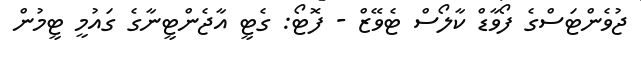
ޖުވެންޓަސްގެ ފޯވާޑް ކާލޯސް ޓެވޭޒް - ފޮޓޯ: ގެޓީ އާޖެންޓީނާގެ ގައުމީ ޓީމުން